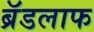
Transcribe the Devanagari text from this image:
ब्रॅडलाफ